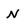
Character: N